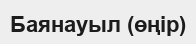
Баянауыл (өңір)